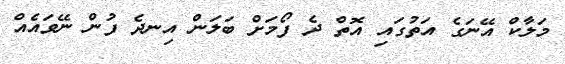
މަލާކް އޭނަގެ އަތުގައި އޮތް ދެ ފޯމަށް ބަލަން އިނދެ ފުން ނޭވައެއް